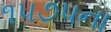
૧૫૭૫ના